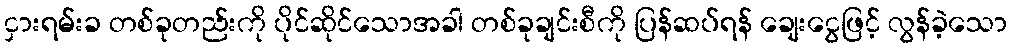
ငှားရမ်းခ တစ်ခုတည်းကို ပိုင်ဆိုင်သောအခါ တစ်ခုချင်းစီကို ပြန်ဆပ်ရန် ချေးငွေဖြင့် လွန်ခဲ့သော